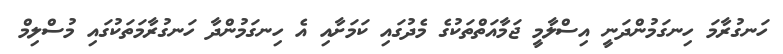
ހަނގުރާމަ ހިނގަމުންދަނީ އިސްލާމީ ޖަމާއަތްތަކުގެ މެދުގައި ކަމަށާއި އެ ހިނގަމުންދާ ހަނގުރާމަތަކުގައި މުސްލިމް